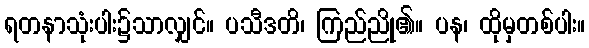
ရတနာသုံးပါး၌သာလျှင်။ ပသီဒတိ၊ ကြည်ညို၏။ ပန၊ ထိုမှတစ်ပါး။